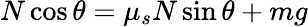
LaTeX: N\cos\theta=\mu_{s}N\sin\theta+mg